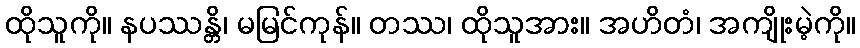
ထိုသူကို။ နပဿန္တိ၊ မမြင်ကုန်။ တဿ၊ ထိုသူအား။ အဟိတံ၊ အကျိုးမဲ့ကို။